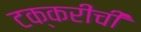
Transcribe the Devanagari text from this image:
टक्करीची